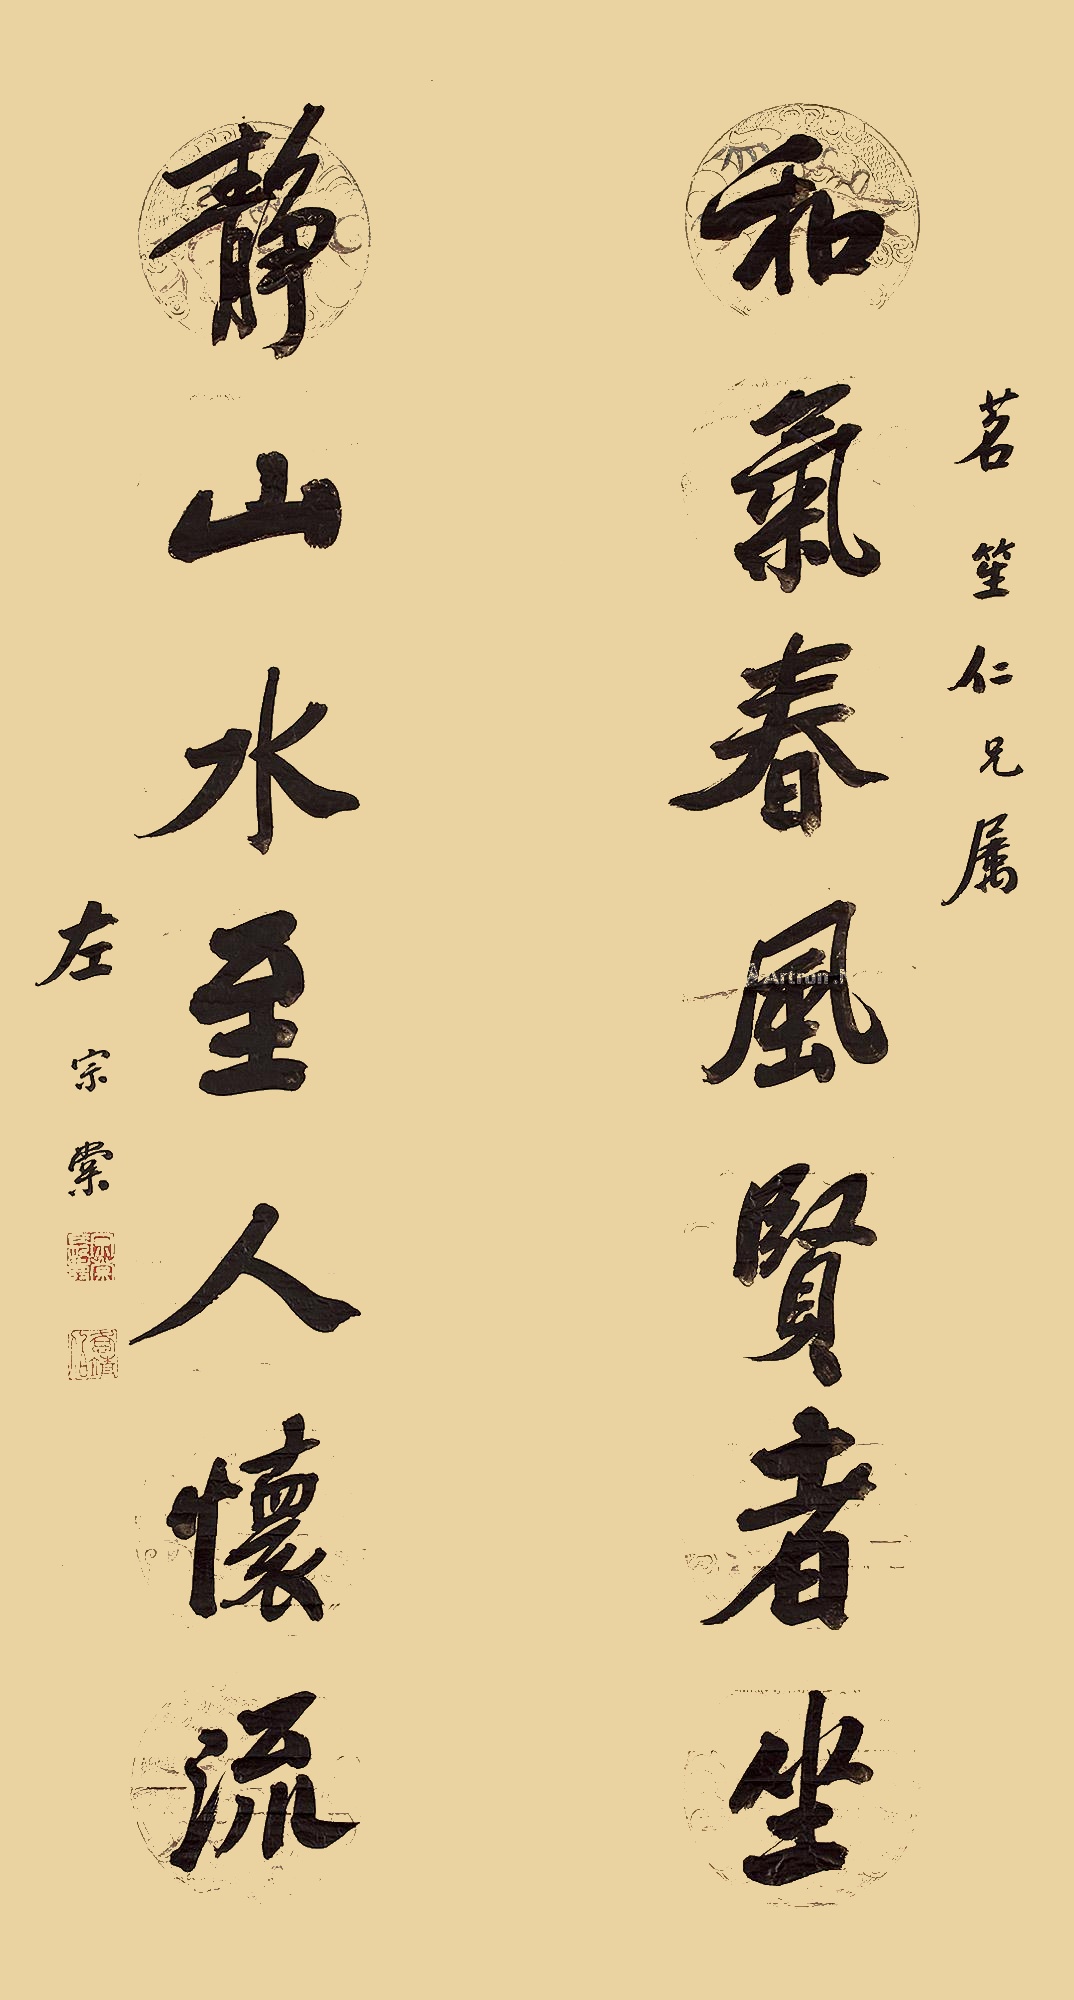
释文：和气春风贤者坐，静山水至人怀流。茗笙仁兄属，左宗棠。